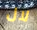
لال